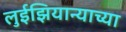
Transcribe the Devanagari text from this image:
लुईझियान्याच्या